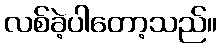
လစ်ခဲ့ပါတော့သည်။